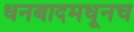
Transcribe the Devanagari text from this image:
धनबादमधूनच